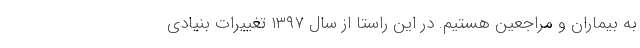
به بیماران و مراجعین هستیم. در این راستا از سال ۱۳۹۷ تغییرات بنیادی